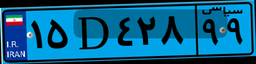
۰۸D۲۰۵۶۰